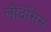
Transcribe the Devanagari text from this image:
लौदेंसिस